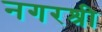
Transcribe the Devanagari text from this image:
नगरश्री